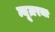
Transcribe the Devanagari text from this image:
न्यूज़रमा